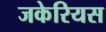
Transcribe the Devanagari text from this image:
जकेरियस